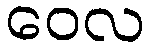
ဝေလ